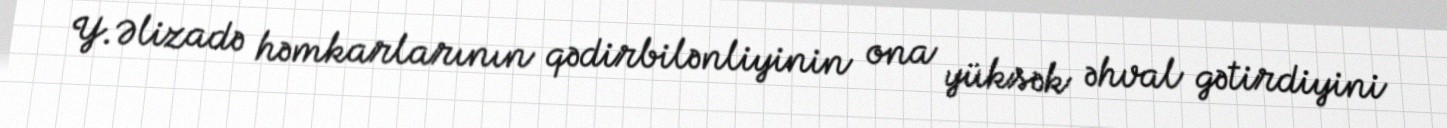
Y.Əlizadə həmkarlarının qədirbilənliyinin ona yüksək əhval gətirdiyini